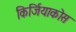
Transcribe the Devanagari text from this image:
किर्जियाकोस